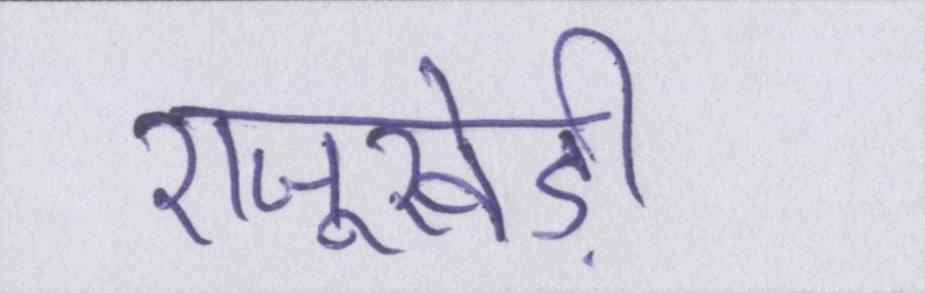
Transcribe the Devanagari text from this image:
राजूखेड़ी